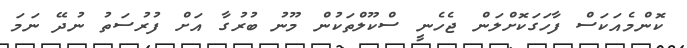
ކޮންމެއަކަސް ފާހަގަކޮށްލަން ޖެހެނީ ސްކޫލްތަކުން މޫނު ބުރުގާ އަށް ފުރުސަތު ނުދޭ ނަމަ